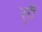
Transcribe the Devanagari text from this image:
र्‍ाौ